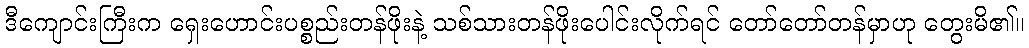
ဒီကျောင်းကြီးက ရှေးဟောင်းပစ္စည်းတန်ဖိုးနဲ့ သစ်သားတန်ဖိုးပေါင်းလိုက်ရင် တော်တော်တန်မှာဟု တွေးမိ၏။